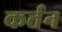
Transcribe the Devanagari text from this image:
कर्त्तन